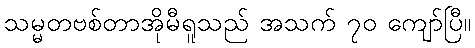
သမ္မတဗစ်တာအိုမီရူသည် အသက် ၇၀ ကျော်ပြီ။